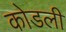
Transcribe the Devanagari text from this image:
कोडली